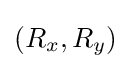
(R_{x},R_{y})